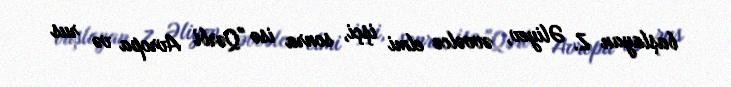
başlayan Z. Əliyev, əvvəlcə elmi işçi, sonra isə "Qərbi Avropa və rus